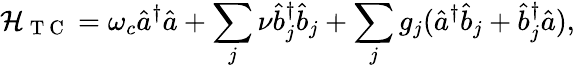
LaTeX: {\mathcal{H}}_{\mathrm{~T~C~}}=\omega_{c}\hat{a}^{\dagger}\hat{a}+\sum_{j}\nu\hat{b}_{j}^{\dagger}\hat{b}_{j}+\sum_{j}g_{j}(\hat{a}^{\dagger}\hat{b}_{j}+\hat{b}_{j}^{\dagger}\hat{a}),